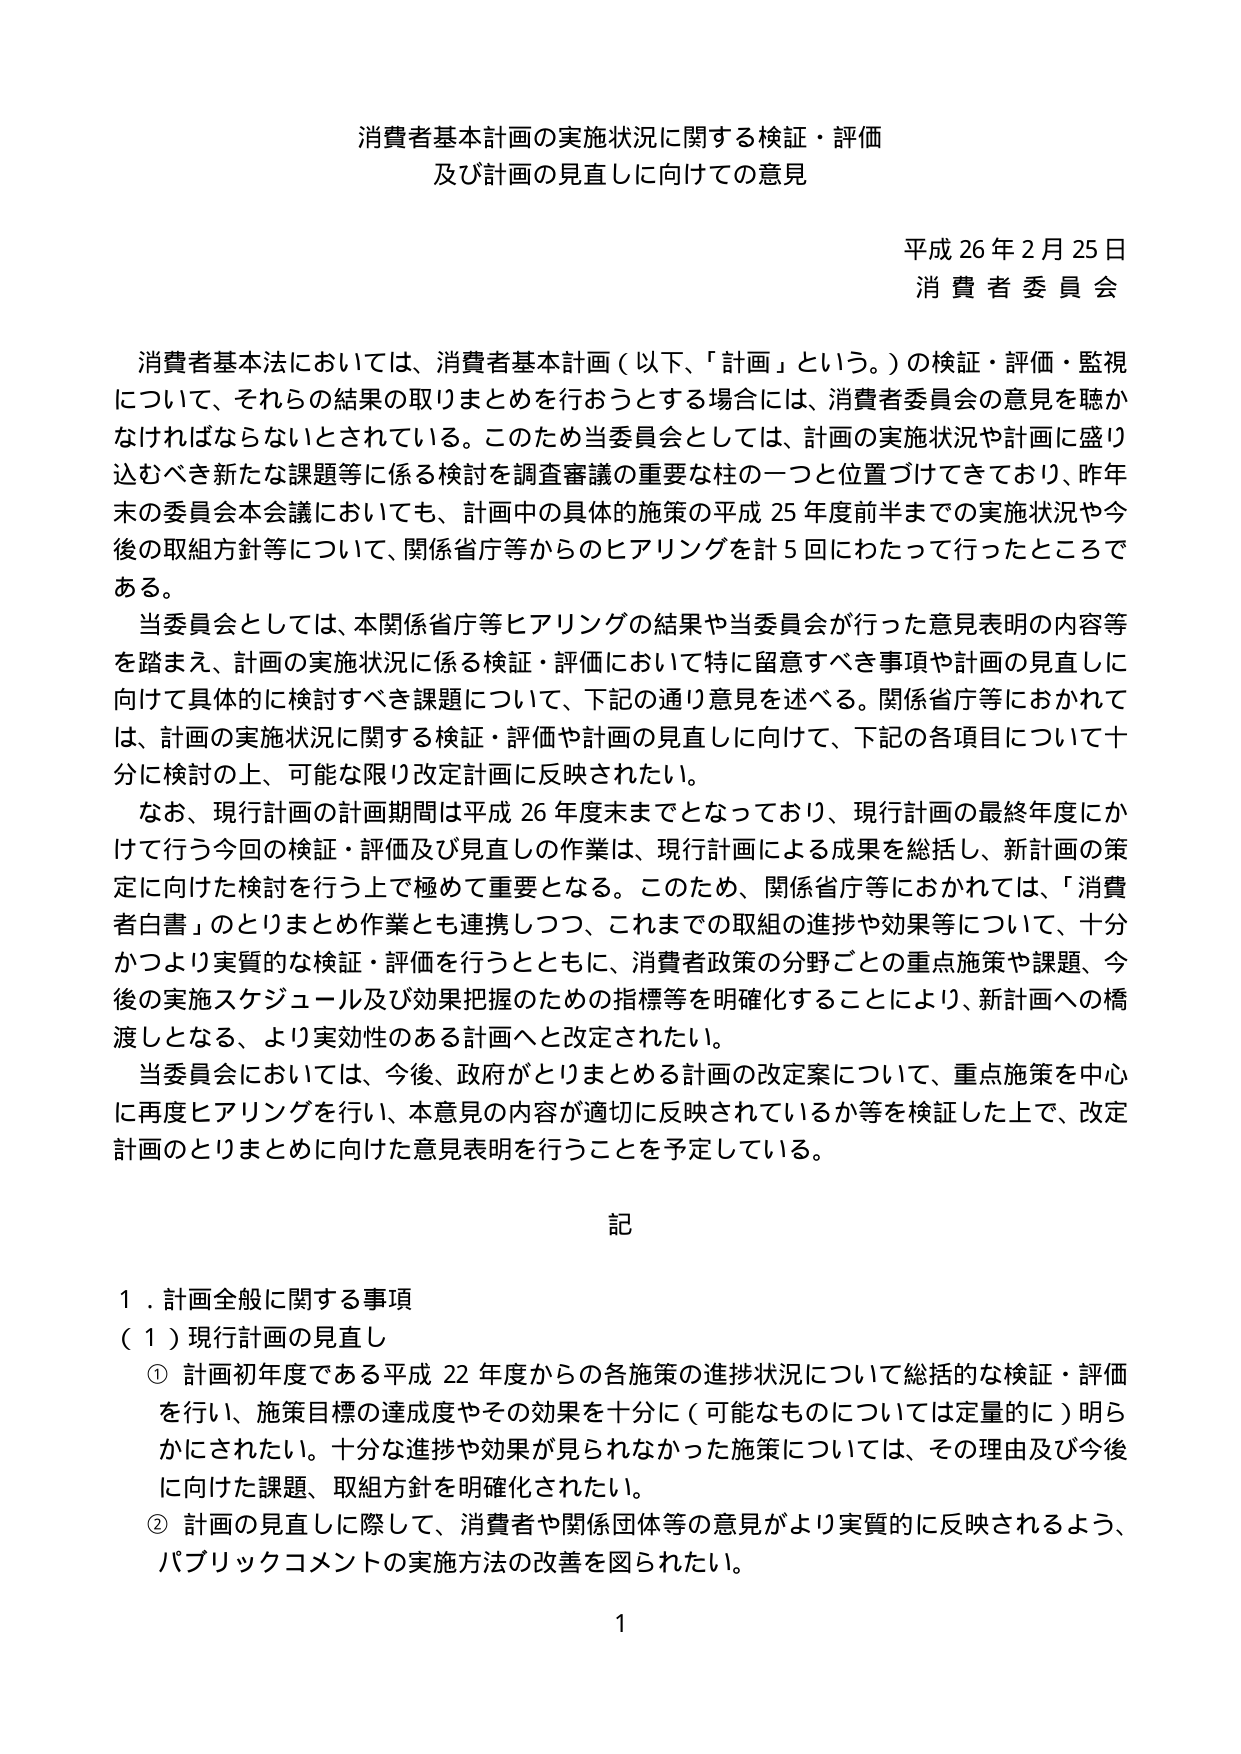
消費者基本計画の実施状況に関する検証・評価
及び計画の見直しに向けての意見

平成26年2月25日
消費者委員会

消費者基本法においては、消費者基本計画（以下、「計画」という。）の検証・評価・監視について、それらの結果の取りまとめを行おうとする場合には、消費者委員会の意見を聴かなければならないとされている。このため当委員会としては、計画の実施状況や計画に盛り込むべき新たな課題等に係る検討を調査審議の重要な柱の一つと位置づけてきており、昨年末の委員会本会議においても、計画中の具体的施策の平成25年度前半までの実施状況や今後の取組方針等について、関係省庁等からのヒアリングを計5回にわたって行ったところである。

当委員会としては、本関係省庁等ヒアリングの結果や当委員会が行った意見表明の内容等を踏まえ、計画の実施状況に係る検証・評価において特に留意すべき事項や計画の見直しに向けて具体的に検討すべき課題について、下記の通り意見を述べる。関係省庁等におかれては、計画の実施状況に関する検証・評価や計画の見直しに向けて、下記の各項目について十分に検討の上、可能な限り改定計画に反映されたい。

なお、現行計画の計画期間は平成26年度末までとなっており、現行計画の最終年度にかけて行う今回の検証・評価及び見直しの作業は、現行計画による成果を総括し、新計画の策定に向けた検討を行う上で極めて重要となる。このため、関係省庁等におかれては、「消費者白書」のとりまとめ作業とも連携しつつ、これまでの取組の進捗や効果等について、十分かつより実質的な検証・評価を行うとともに、消費者政策の分野ごとの重点施策や課題、今後の実施スケジュール及び効果把握のための指標等を明確化することにより、新計画への橋渡しとなる、より実効性のある計画へと改定されたい。

当委員会においては、今後、政府がとりまとめる計画の改定案について、重点施策を中心に再度ヒアリングを行い、本意見の内容が適切に反映されているか等を検証した上で、改定計画のとりまとめに向けた意見表明を行うことを予定している。

記

１．計画全般に関する事項
（１）現行計画の見直し
① 計画初年度である平成22年度からの各施策の進捗状況について総括的な検証・評価を行い、施策目標の達成度やその効果を十分に（可能なものについては定量的に）明らかにされたい。十分な進捗や効果が見られなかった施策については、その理由及び今後に向けた課題、取組方針を明確化されたい。
② 計画の見直しに際して、消費者や関係団体等の意見がより実質的に反映されるよう、パブリックコメントの実施方法の改善を図られたい。

1